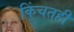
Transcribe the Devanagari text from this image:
किंचतही